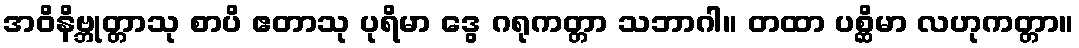
အဝိနိဗ္ဘုတ္တာသု စာပိ ဧတာသု ပုရိမာ ဒွေ ဂရုကတ္တာ သဘာဂါ။ တထာ ပစ္ဆိမာ လဟုကတ္တာ။